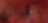
وتقولين